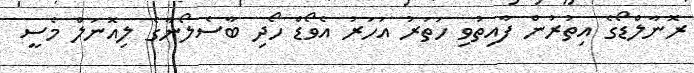
ރޮނާލްޑޯގެ އިތުރުން ފާއިތުވި ހަތަރު އަހަރު އެވޯޑް ހޯދި ބާސެލޯނާގެ ލިއޮނަލް މެސީ